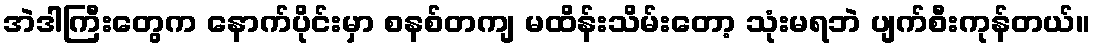
အဲဒါကြီးတွေက နောက်ပိုင်းမှာ စနစ်တကျ မထိန်းသိမ်းတော့ သုံးမရဘဲ ပျက်စီးကုန်တယ်။